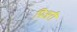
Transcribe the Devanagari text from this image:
पिअरी